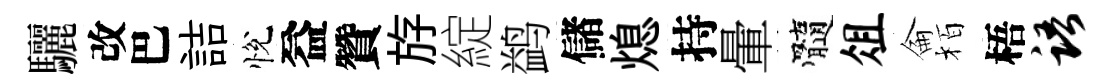
驪改巴詰悅益贊斿綻鹢儲熄持暈髓俎侖栢梧语